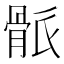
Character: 𩨶